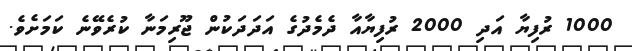
1000 ރުފިޔާ އަދި 2000 ރުފިޔާއާ ދެމެދުގެ އަދަދަކުން ޖޫރިމަނާ ކުރެވޭނެ ކަމަށެވެ.